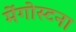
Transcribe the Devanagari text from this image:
मेंगोस्टना